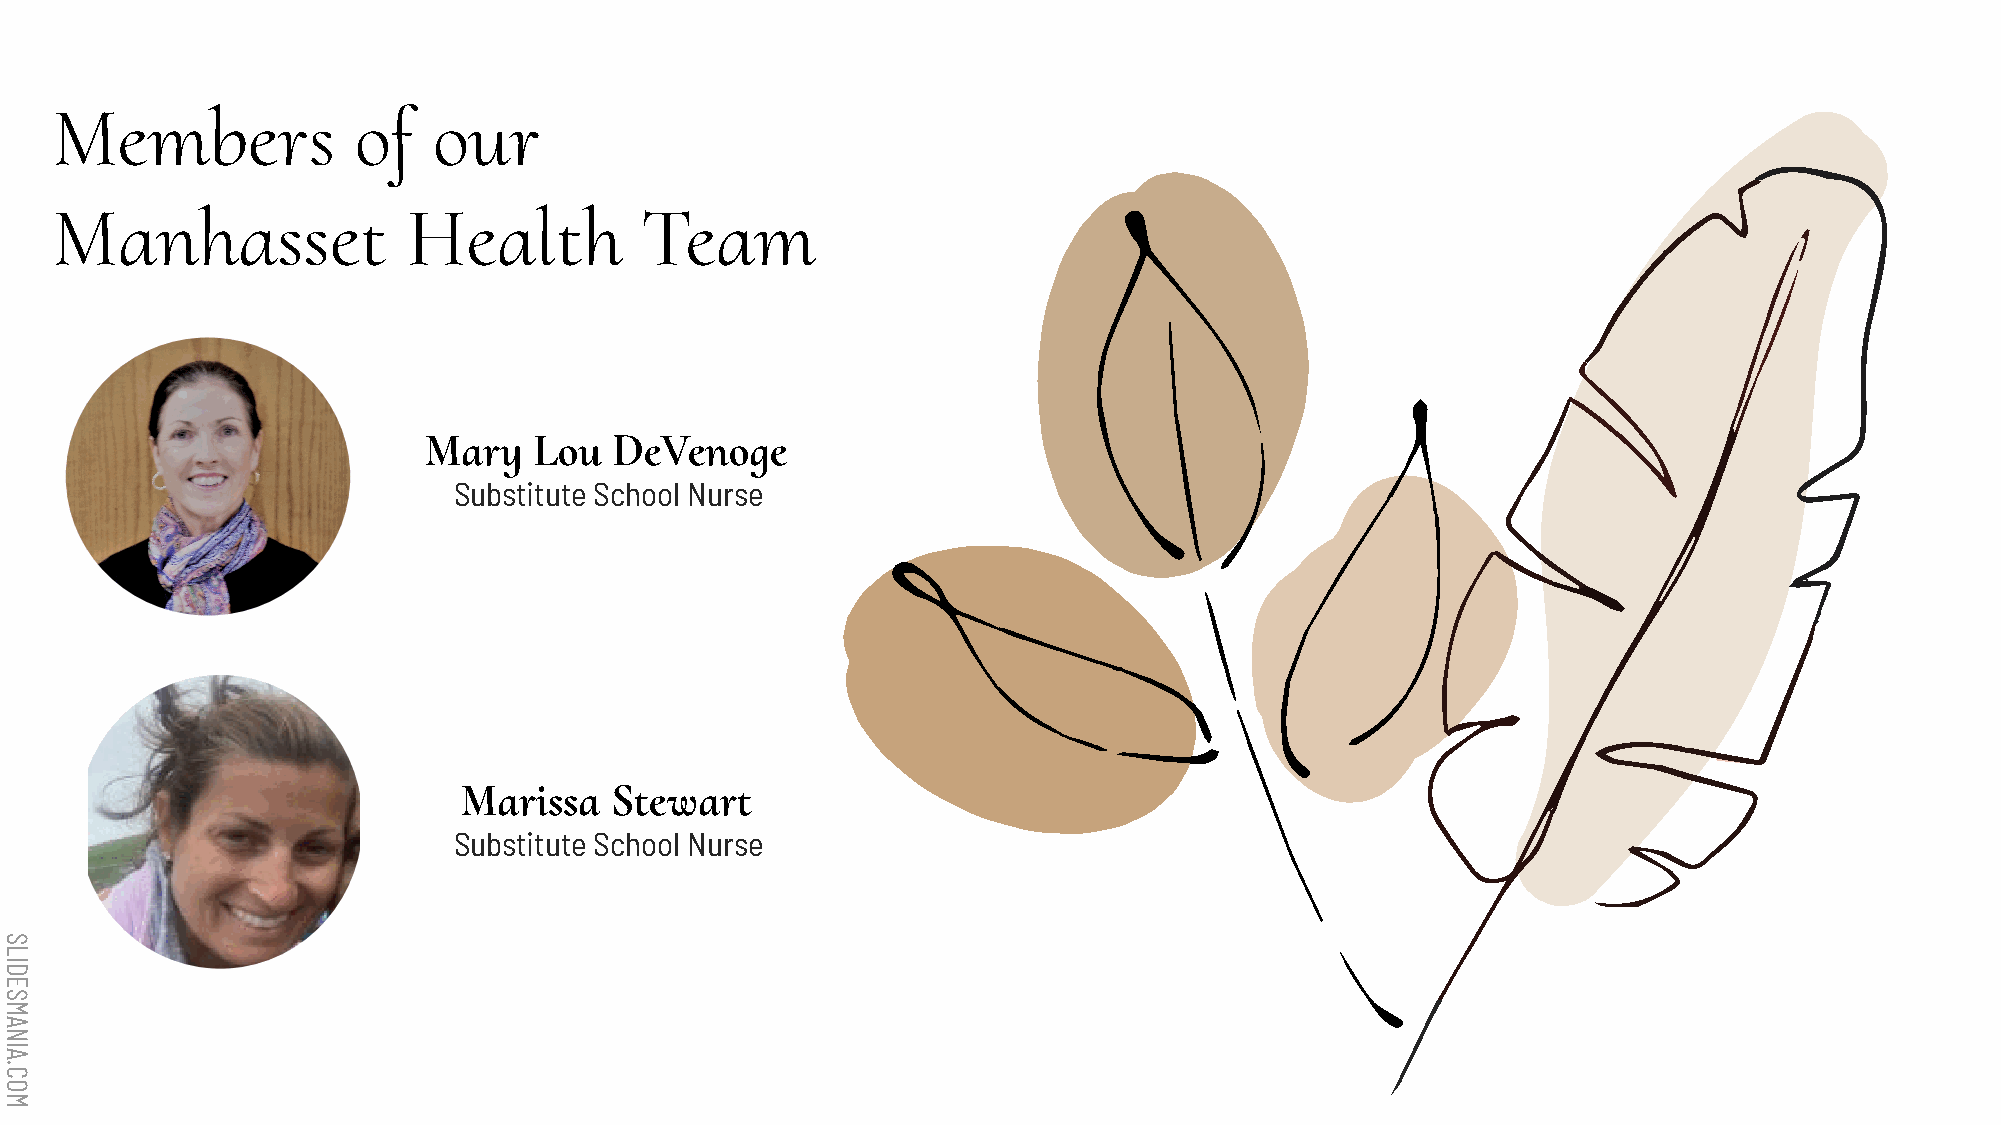
Members             of    our
 Manhasset               Health         Team
 Mary   Lou   DeVenoge
 Substitute School Nurse
 Marissa   Stewart
 Substitute School Nurse
 SLIDESMANIA.COM